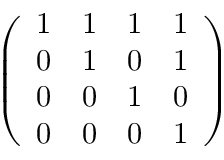
\left( \begin{array} { l l l l } { 1 } & { 1 } & { 1 } & { 1 } \\ { 0 } & { 1 } & { 0 } & { 1 } \\ { 0 } & { 0 } & { 1 } & { 0 } \\ { 0 } & { 0 } & { 0 } & { 1 } \end{array} \right)